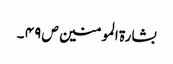
بشارۃ المومنین ص ۴۹ ۔